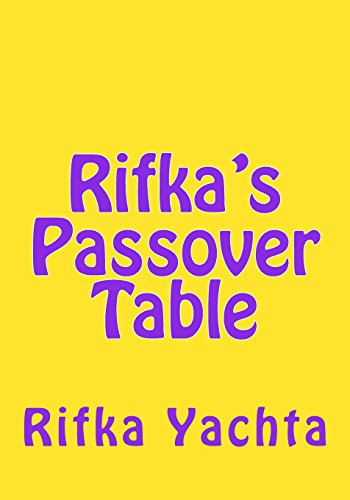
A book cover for Rifka's Passover Table; Rifka Yachta; Cookbooks, Food & Wine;